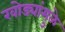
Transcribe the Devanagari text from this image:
खोड्यांमुळे